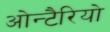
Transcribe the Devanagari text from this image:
ओन्टैरियो